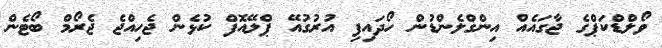
ވޯލްޑްކަޕްގެ ޖާގައެއް އިންގްލެންޑުން ހޯދައިފި އުރުގުއޭ ޕްލޭއޮފް ކުޅެން ޖެހިއްޖެ ޖެރޯމް ބޯޓެން